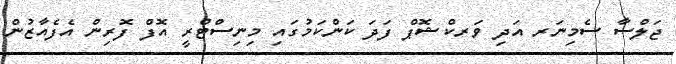
ޖަލްސާ ސެމިނަރ އަދި ވަރކްޝޮޕް ފަދަ ކަންކަމުގައި މިނިސްޓްރީ އޮފް ފޮރިން އެފެއާޒުން